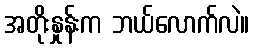
အတိုးနှုန်းက ဘယ်လောက်လဲ။